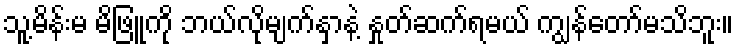
သူ့မိန်းမ မိဖြူကို ဘယ်လိုမျက်နှာနဲ့ နှုတ်ဆက်ရမယ် ကျွန်တော်မသိဘူး။